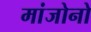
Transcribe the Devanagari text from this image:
मांजोनो